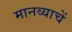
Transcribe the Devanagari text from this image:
मानव्याचें